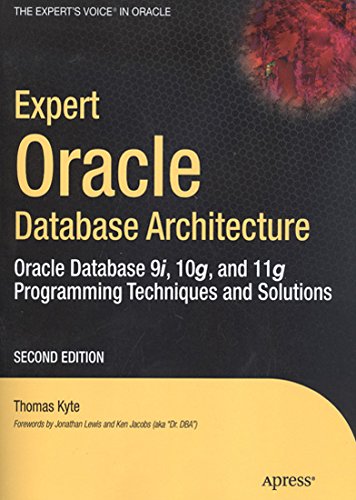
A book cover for Expert Oracle Database Architecture: Oracle Database 9i, 10g, and 11g Programming Techniques and Solutions; Thomas Kyte; Computers & Technology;